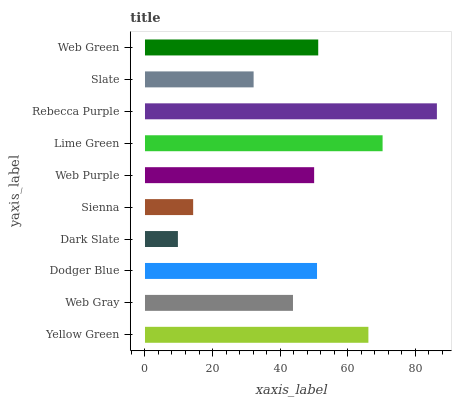
| yaxis_label | bars |
 | --- | --- |
 | Yellow Green | 66.2 |
 | Web Gray | 43.8 |
 | Dodger Blue | 51 |
 | Dark Slate | 9.75 |
 | Sienna | 14.3 |
 | Web Purple | 50.1 |
 | Lime Green | 70.4 |
 | Rebecca Purple | 86.5 |
 | Slate | 32.2 |
 | Web Green | 51.3 |